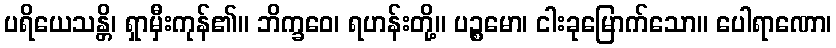
ပရိယေသန္တိ၊ ရှာမှီးကုန်၏။ ဘိက္ခဝေ၊ ရဟန်းတို့။ ပဉ္စမော၊ ငါးခုမြောက်သော။ ပေါရာဏော၊